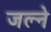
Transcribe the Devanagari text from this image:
जल्ने